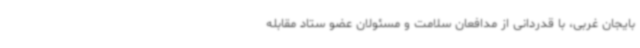
بایجان غربی، با قدردانی از مدافعان سلامت و مسئولان عضو ستاد مقابله